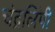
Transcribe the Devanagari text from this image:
चंद्रलिंपी